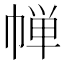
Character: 𪩷